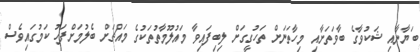
ބަޔާނާއި ޝަކުވާގެ ބާވަތަށާއި މިހާތަނަށް ތަހުގީގަށް ލިބިފައިވާ މައުލޫމާތުތަކުގެ މައްޗަށް ބެލުމަށްފަހު ކަމުގައިވެސް